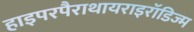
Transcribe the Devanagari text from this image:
हाइपरपैराथायराइरॉडिज्म